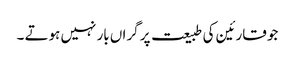
جو قارئین کی طبیعت پر گراں بار نہیں ہوتے ۔